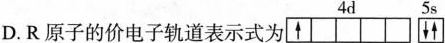
D.R原子的价电子轨道表示式为\mathop {\boxed{\uparrow} \Box \Box \Box \Box }\limits^{4d} \mathop {\boxed{\downarrow \uparrow}}\limits^{5s}